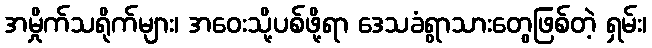
အမှိုက်သရိုက်များ၊ အဝေးသို့ပစ်ဖို့ရာ ဒေသခံရွာသားတွေဖြစ်တဲ့ ရှမ်း၊